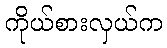
ကိုယ်စားလှယ်က